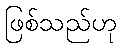
ဖြစ်သည်ဟု